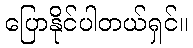
ပြောနိုင်ပါတယ်ရှင်။